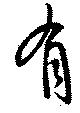
有